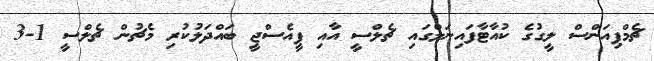
ޗެމްޕިއަންސް ލީގުގެ ކުއާޓާފައިނަލްގައި ޗެލްސީ އާއި ޕީއެސްޖީ ބައްދަލުކުރި މެޗުން ޗެލްސީ 1-3